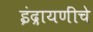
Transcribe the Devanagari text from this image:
इंद्रायणींचे